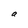
Character: a